Malaria in the Punjab - Number 46
Disease focus: Malaria
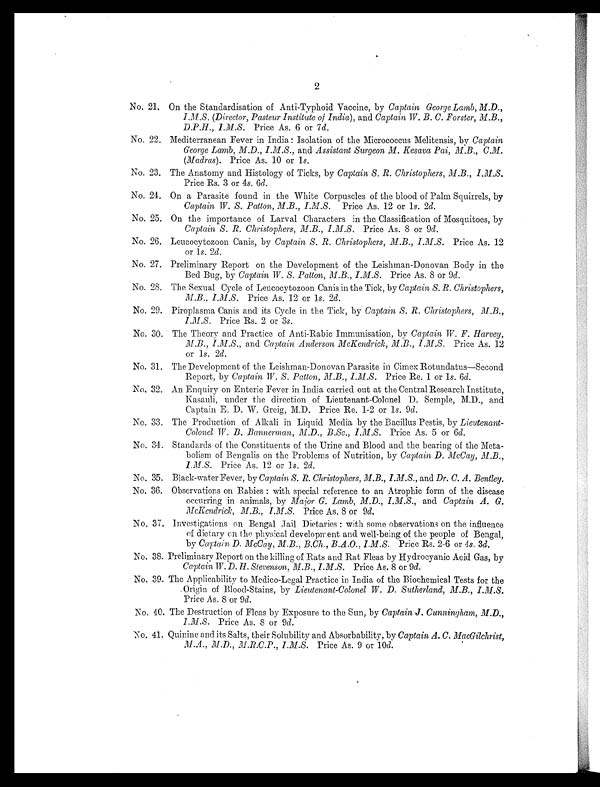
2
No. 21. On the Standardisation of Anti-Typhoid Vaccine, by Captain George Lamb, M.D.,
I.M.S. (Director, Pasteur Institute of India), and Captain W. B. C. Forster, M.B.,
D.P.H., I.M.S. Price As. 6 or 7d.
No. 22. Mediterranean Fever in India,: Isolation of the Micrococcus Melitensis, by Captain
George Lamb, M.D., I.M.S., and Assistant Surgeon M. Kesava Pai, M.B., C.M.
(Madras). Price As. 10 or 1s.
No. 23. The Anatomy and Histology of Ticks, by Captain S. R. Christophers, M.B., I.M.S.
Price Rs. 3 or 4s. 6d.
No. 24. On a Parasite found in the White Corpuscles of the blood of Palm Squirrels, by
Captain W. S. Patton, M.B., I.M.S. Price As. 12 or 1 s. 2d.
No. 25. On the importance of Larval Characters in the Classification of Mosquitoes, by
Captain S. R. Christophers, M.B., I.M.S. Price As. 8 or 9d.
No. 26. Leucocytozoon Canis, by Captain S. R. Christophers, M.B., I.M.S. Price As. 12
or 1s. 2d.
No. 27. Preliminary Report on the Development of the Leishman-Donovan Body in the
Bed Bug, by Captain W. S. Patton, M.B., I.M.S. Price As. 8 or 9 d.
No. 28. The Sexual Cycle of Leucocytozoon Canis in the Tick, by Captain S. R. Christophers,
M.B., I.M.S. Price As. 12 or 1s. 2d.
No. 29. Piroplasma Canis and its Cycle in the Tick, by Captain S. R. Christophers,
I.M.S. Price Rs. 2 or 3s.
No. 30. The Theory and Practice of Anti-Rabic Immunisation, by Captain W. F. Harvey,
M.B., I.M.S., and Captain Anderson McKendrick, M.B., I.M.S. Price As. 12
or 1s. 2d.
No. 31. The Development of the Leishman-Donovan Parasite in Cimex Rotundatus—Second
Report, by Captain W. S. Patton, M.B., I.M.S. Price Re. 1 or 1s. 6d.
No, 32. An Enquiry on Enteric Fever in India carried out at the Central Research Institute,
Kasauli, under the direction of Lieutenant-Colonel D. Semple, M.D., and
Captain E. D. W. Greig, M.D. Price Re. 1-2 or 1 s. 9d.
No. 33. The Production of. Alkali in Liquid Media by the Bacillus Pestis, by Lieutenant-
Colonel W. B. Bannerman, M.D., B.Sc., I.M.S. Price As. 5 or 6 d.
No. 34. Standards of the Constituents of the Urine and Blood and the bearing of the Meta-
bolism of Bengalis on the Problems of Nutrition, by Captain D. McCay, M.B.,
Price As. 12 or 1 s. 2 d.
No. 35. Black-water Fever, by Captain S. R. Christophers, M.B., I.M.S., and Dr. C. A. Bentley.
No. 36. Observations on Rabies: with special reference to an Atrophic form of the disease
occurring in animals, by Major G. Lamb, M.D., I.M.S., and Captain A. G.
McKendrick, M.B., I.M.S.
Price As. 8 or 9d.
No. 37. Investigations on Bengal Jail Dietaries: with some observations on the influence
of dietary on the physical development and well-being of the people of Bengal,
by Captain D. McCay, M.B., B.Ch., B.A.O., I.M.S. Price Rs. 2-6 or 4s. 3d.
No. 38. Preliminary Report on the killing of Rats and Rat Fleas by Hydrocyanic Acid Gas, by
Captain W. D. H. Stevenson, M.B., I .M.S . Price As. 8 or 9 d.
No. 39. The Applicability to Medico-Legal Practice in India of the Biochemical Tests for the
Origin of Blood-Stains, by Lieutenant-Colonel W. D. Sutherland, M.B., I.M.S.
Price As. 8 or 9 d.
No. 40. The Destruction of Fleas by Exposure to the Sun, by Captain J. Cunningham, M.D.,
I.M.S. Price As. 8 or 9 d.
No. 41. Quinine and its Salts, their Solubility and. Absorbability, by Captain A. C. MacGilchrist,
M.A., M.D., M.R.C.P., I.M.S. Price As. 9 or 10 d.